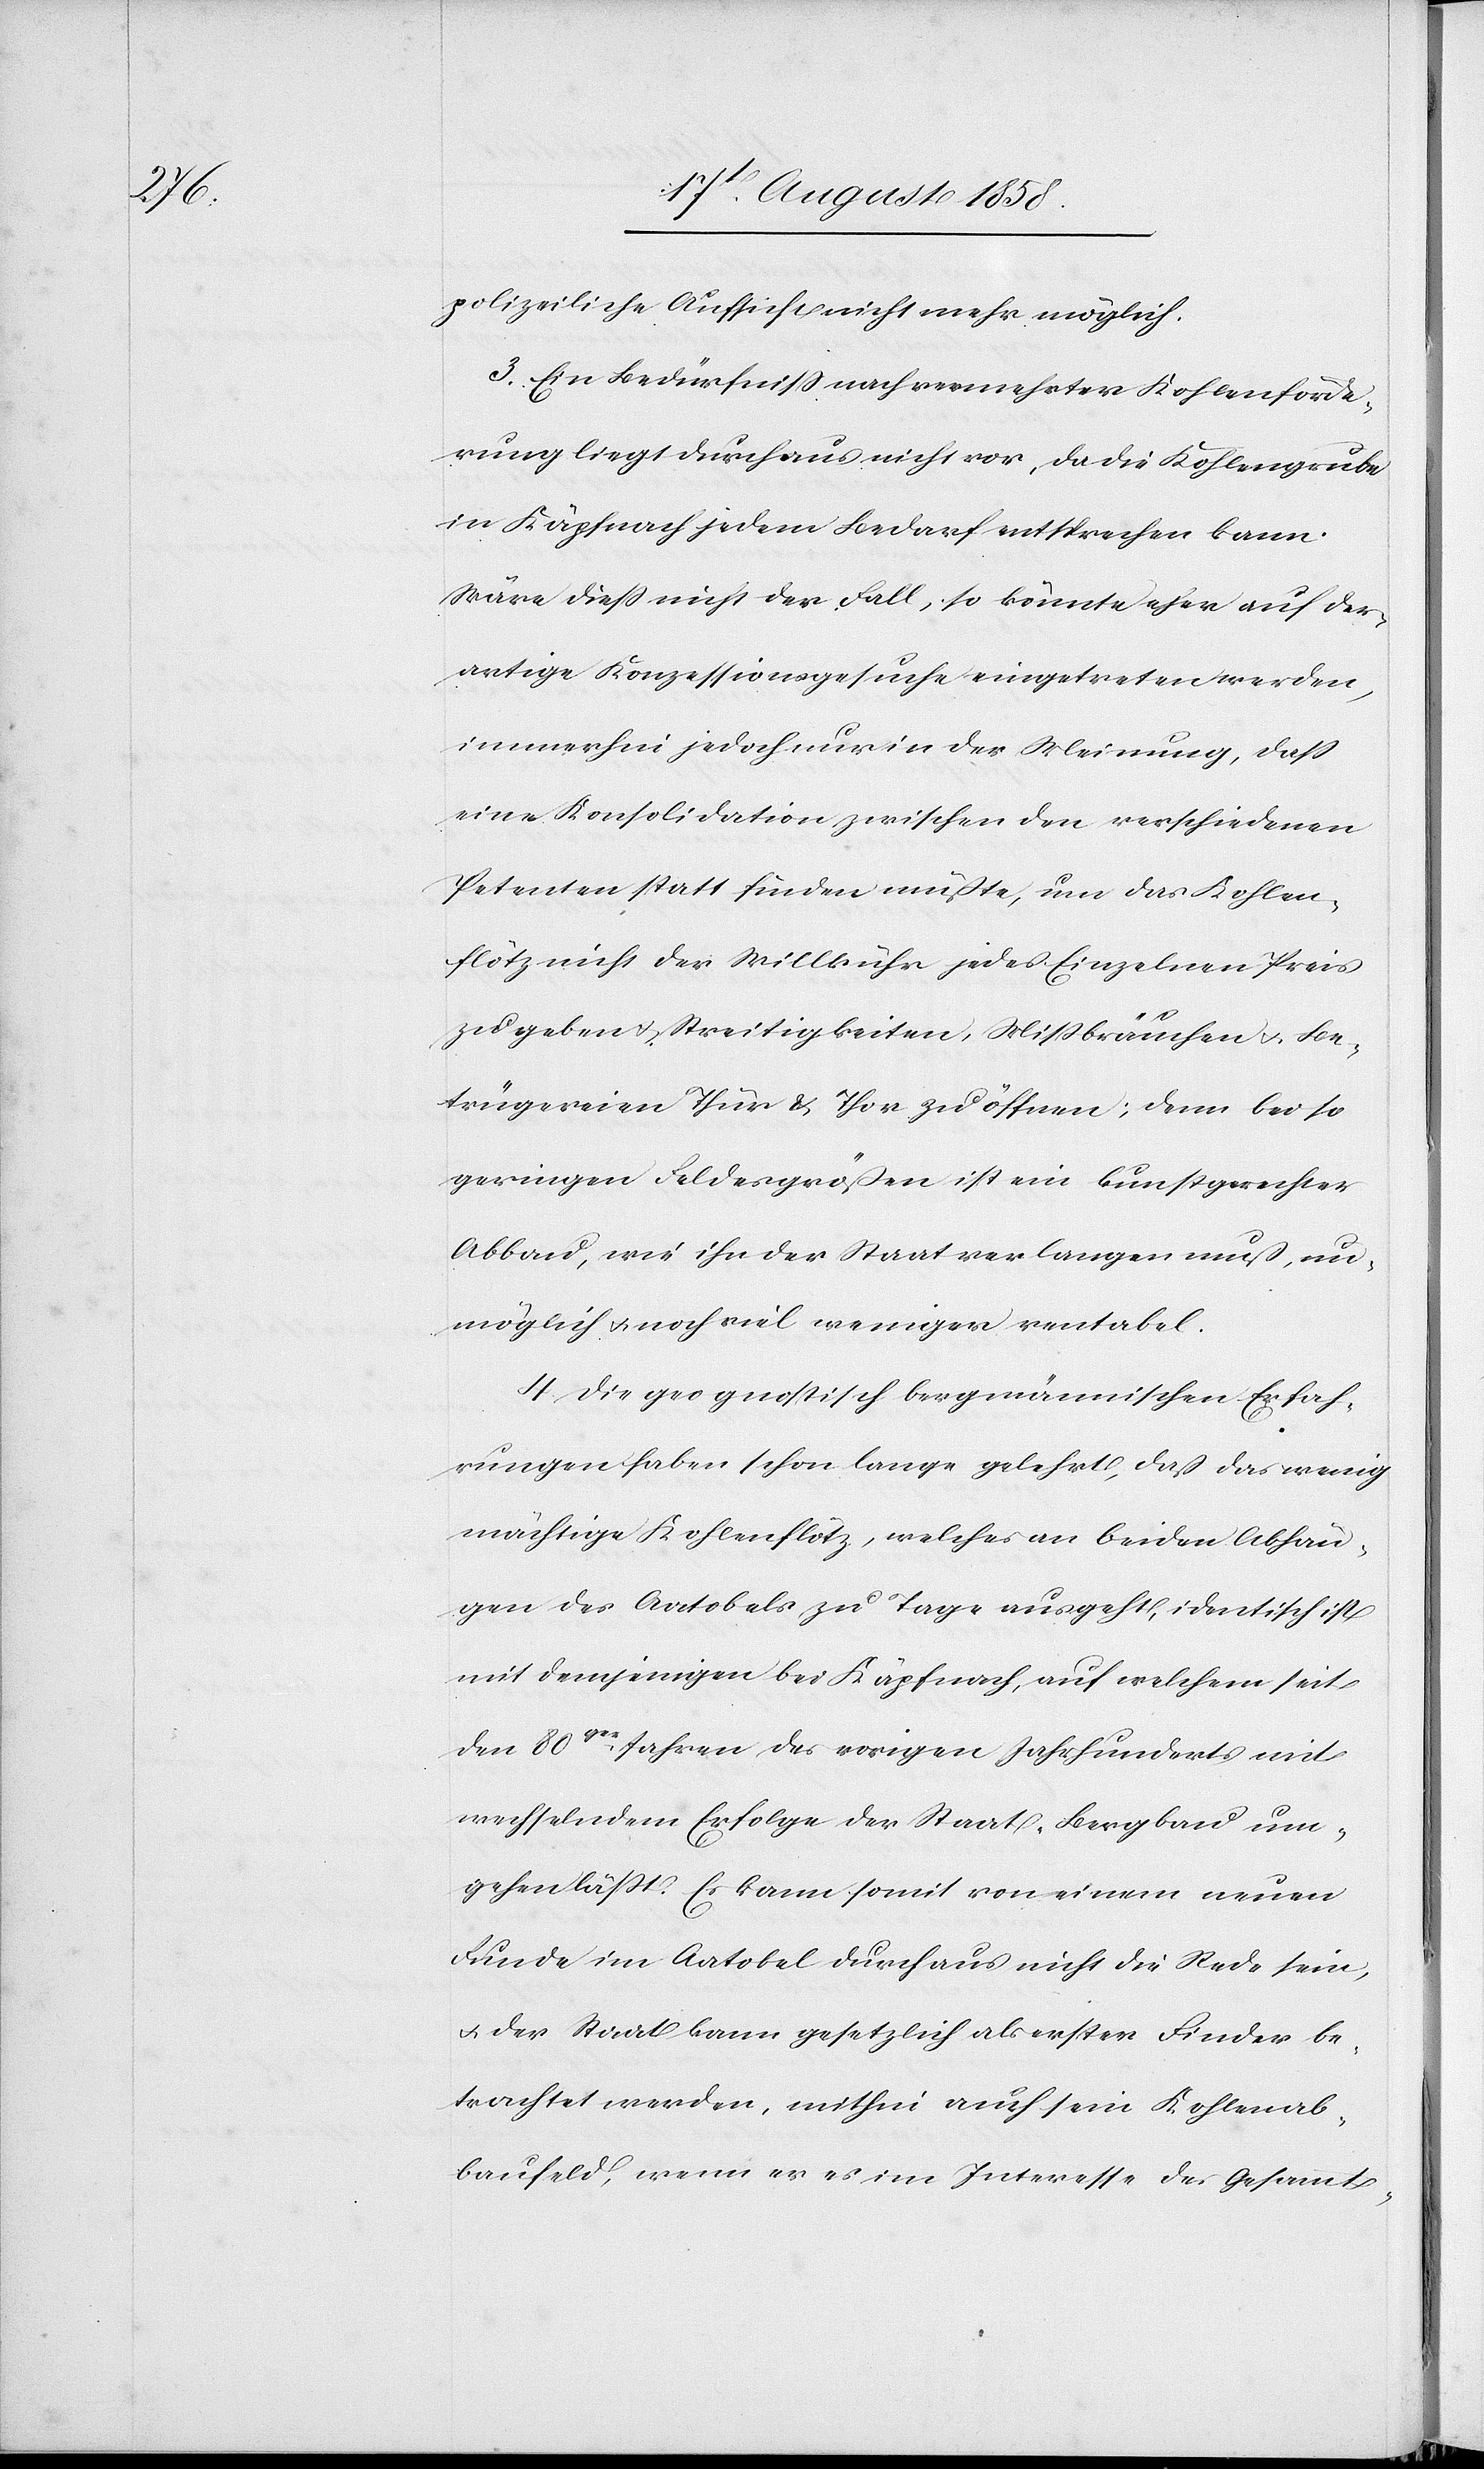
polizeiliche Aufsicht nicht mehr möglich.
3. Ein Bedürfniss nach vermehrter Kohlenförde¬
rung liegt durchaus nicht vor, da die Kohlengrube
in Käpfnach jedem Bedarf entsprechen kann.
Wäre dies nicht der Fall, so könnte eher auf der¬
artige Konzessionsgesuche eingetreten werden,
immerhin jedoch nur in der Meinung, dass
eine Konsolidation zwischen den verschiedenen
Petenten statt finden müßte, um das Kohlen¬
flötz nicht der Willkühr jedes Einzelnen Preis
zu geben & Streitigkeiten, Missbräuchen & Be¬
trügereien Thür & Thor zu öffnen; denn bei so
geringen Feldesgrößen ist ein kunstgerechter
Abbau, wie ihn der Staat verlangen muß, un¬
möglich & noch viel weniger rentabel.
4. Die geognostisch bergmännischen Erfah¬
rungen haben schon lange gelehrt, daß das wenig
mächtige Kohlenflötz, welches an beiden Abhän¬
gen des Aatobels zu Tage ausgeht, identisch ist
mit demjenigen bei Käpfnach, auf welchem seit
den 80ger Jahren des vorigen Jahrhunderts mit
wechselndem Erfolge der Staat Bergbau um¬
gehen lässt. Es kann somit von einem neuen
Funde im Aatobel durchaus nicht die Rede sein,
& der Staat kann gesetzlich als erster Finder be¬
trachtet werden, mithin auch sein Kohlenab¬
baufeld, wenn er es im Interesse des Gesammt-